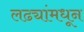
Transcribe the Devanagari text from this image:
लढ्यांमधून